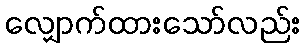
လျှောက်ထားသော်လည်း